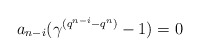
\begin{align*} a_{n-i}(\gamma^{(q^{n-i}-q^n)}-1)=0 \end{align*}